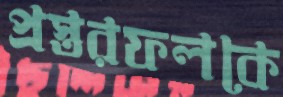
প্রস্তরফলকে